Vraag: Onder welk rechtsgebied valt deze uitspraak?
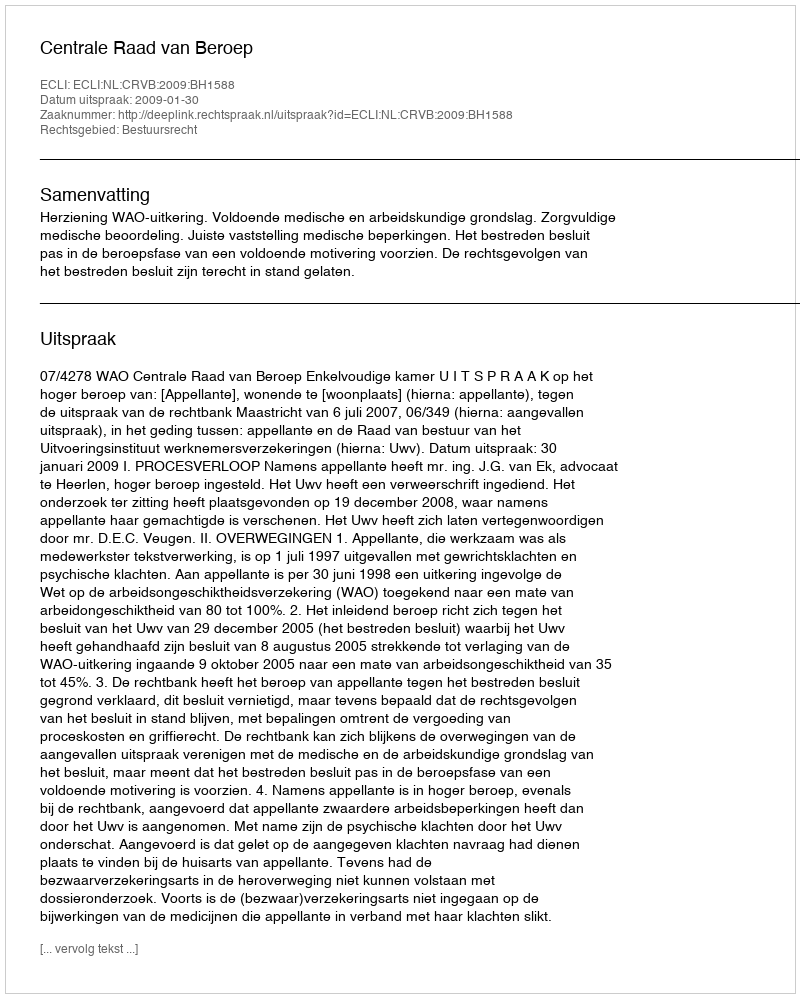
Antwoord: Bestuursrecht